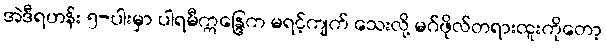
အဲဒီရဟန်း ၅-ပါးမှာ ပါရမီဣန္ဒြေက မရင့်ကျက် သေးလို့ မဂ်ဖိုလ်တရားထူးကိုတော့